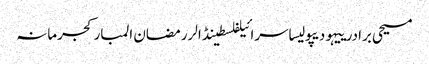
مسیحی برادرییہودیپولیساسرائیلفلسطینڈالررمضان المبارکجرمانہ